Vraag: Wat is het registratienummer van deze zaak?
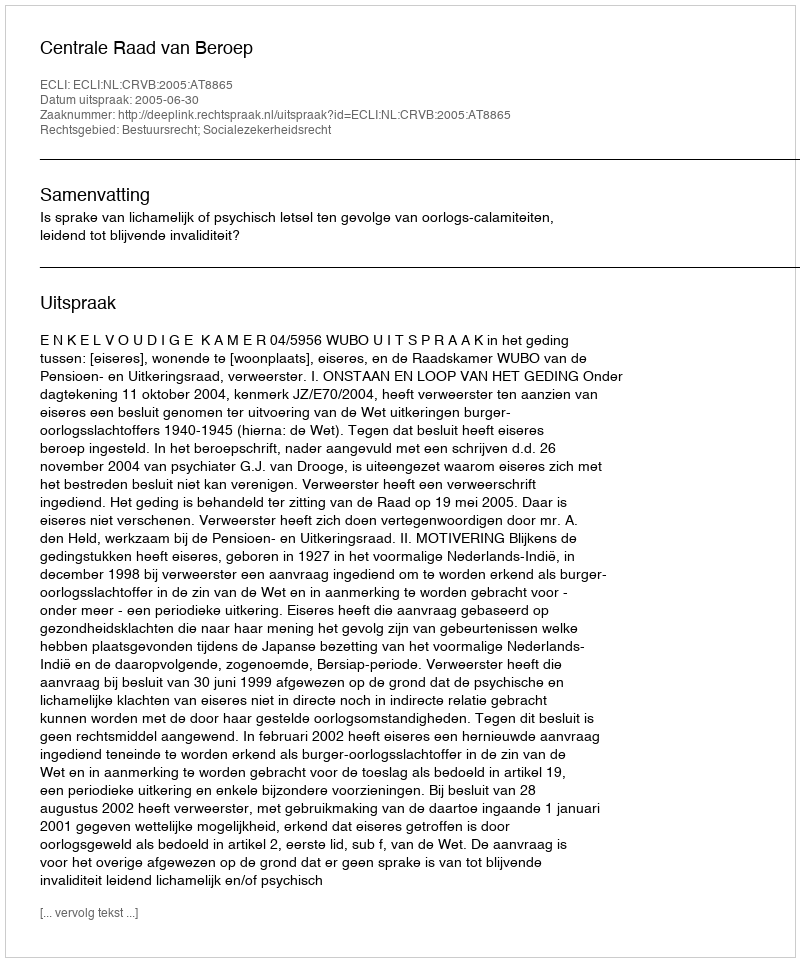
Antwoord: http://deeplink.rechtspraak.nl/uitspraak?id=ECLI:NL:CRVB:2005:AT8865